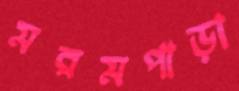
মরমপাড়া